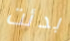
بدئت